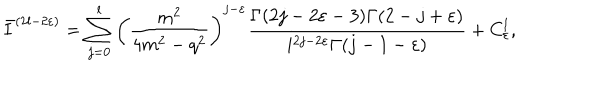
LaTeX: \bar { I } ^ { ( 2 l - 2 \varepsilon ) } = \sum _ { j = 0 } ^ { l } \left( \frac { m ^ { 2 } } { 4 m ^ { 2 } - q ^ { 2 } } \right) ^ { j - \varepsilon } \frac { \Gamma ( 2 j - 2 \varepsilon - 3 ) \Gamma ( 2 - j + \varepsilon ) } { i ^ { 2 j - 2 \varepsilon } \Gamma ( j - 1 - \varepsilon ) } + C _ { \varepsilon } ^ { l } ,